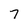
Character: 7